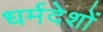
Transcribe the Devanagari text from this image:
धर्मदेशों